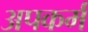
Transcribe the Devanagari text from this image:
अपकर्म